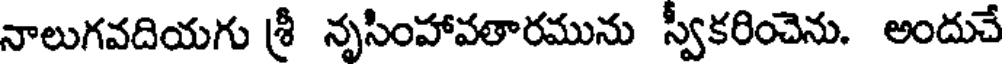
నాలుగవదియగు శ్రీ నృసింహావతారమును స్వీకరించెను. అందుచే